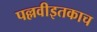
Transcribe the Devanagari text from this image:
पल्लवीइतकाच